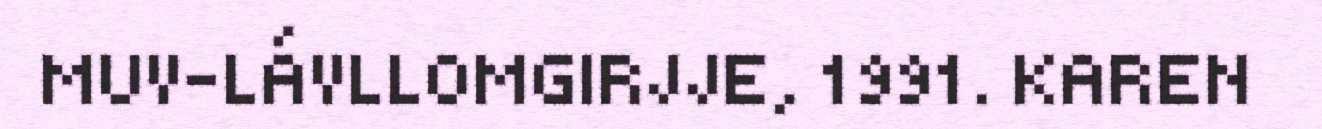
MUV-LÁVLLOMGIRJJE, 1991. KAREN